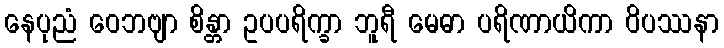
နေပုညံ ဝေဘဗျာ စိန္တာ ဥပပရိက္ခာ ဘူရီ မေဓာ ပရိဏာယိကာ ဝိပဿနာ